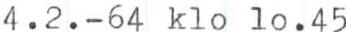
4.2.-64  klo 10.45